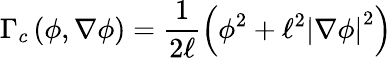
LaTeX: \Gamma_{c}\left(\phi,\nabla\phi\right)=\frac{1}{2\ell}\left(\phi^{2}+\ell^{2}\left|\nabla\phi\right|^{2}\right)